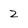
Character: 2